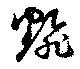
翻